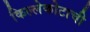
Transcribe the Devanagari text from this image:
किल्लेकोटाची